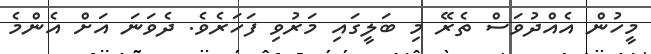
މީހުން އެއްދުވަސް ތެރޭ މި ބަލީގައި މަރުވި ފަހަރެވެ. ދެވަނަ އަށް އެންމެ